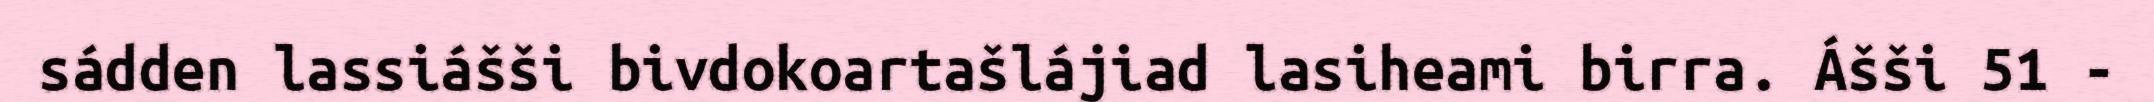
sádden lassiášši bivdokoartašlájiad lasiheami birra. Ášši 51 -